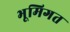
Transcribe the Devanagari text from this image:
भूमिगत